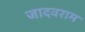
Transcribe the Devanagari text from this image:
जादवराम